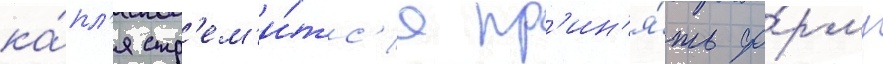
ка́пл'я стр'ем'и́тс'я пр'ин'я́ть фо́рму